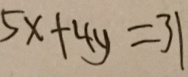
5 x + 4 y = 3 1